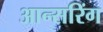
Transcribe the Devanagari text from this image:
आन्सरिंग